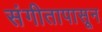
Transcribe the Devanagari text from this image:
संगीतापासून